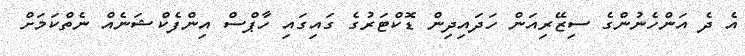
އެ ދެ އަންހެނުންގެ ސިޒޭރިއަން ހަދައިދިން ޑޮކްޓަރުގެ ގައިގައި ހާޕްސް އިންފެކްޝަނެއް ނެތްކަމަށް